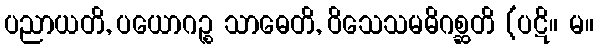
ပညာယတိ, ပယောဂဉ္စ သာဓေတိ, ဝိသေသမဓိဂစ္ဆတိ (ပဋိ။ မ။